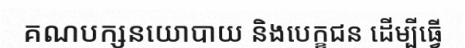
គណបក្សនយោបាយ និងបេក្ខជន ដើម្បីធ្វើ